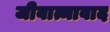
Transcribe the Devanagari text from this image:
जीवात्मावाद